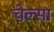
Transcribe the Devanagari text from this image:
चेल्सा